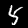
Label: 5